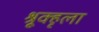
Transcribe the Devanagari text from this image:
श्रूृृक्हृला